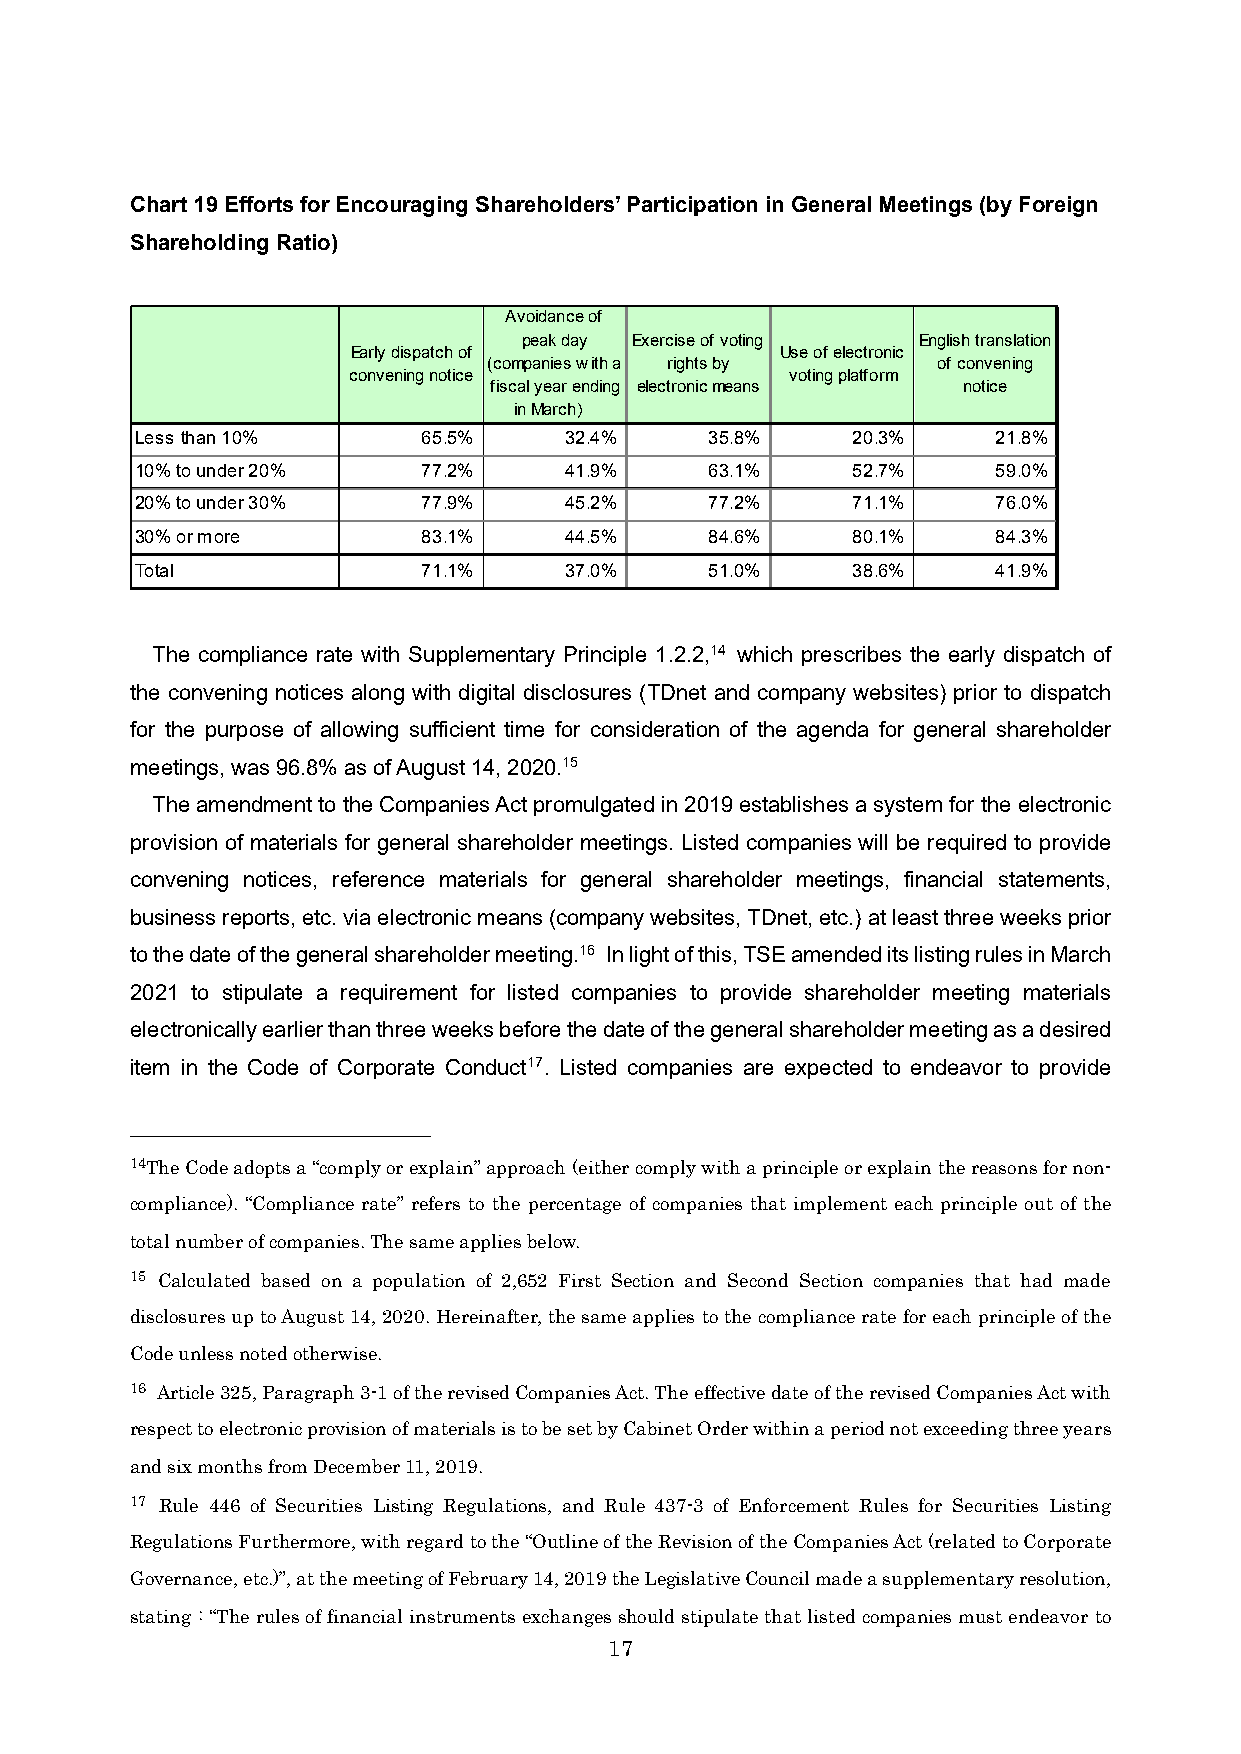
Chart 19Efforts for Encouraging Shareholders’ Participation in General Meetings (by Foreign
 Shareholding Ratio)
 Avoidance of
 peak day Exercise of voting English translation
 Early dispatch of            Use of electronic
 (companies with a rights by   of convening
 convening notice             voting platform
 fiscal year ending electronic means notice
 in March）
 Less than 10%      65.5%    32.4%     35.8%    20.3%     21.8%
 10% to under 20%   77.2%    41.9%     63.1%    52.7%     59.0%
 20% to under 30%   77.9%    45.2%     77.2%    71.1%     76.0%
 30% or more        83.1%    44.5%     84.6%    80.1%     84.3%
 Total              71.1%    37.0%     51.0%    38.6%     41.9%
 The compliance rate with Supplementary Principle 1.2.2,14 which prescribes the early dispatch of
 the convening notices along with digital disclosures (TDnet and company websites) prior to dispatch
 for the purpose of allowing sufficient time for consideration of the agenda for general shareholder
 meetings, was 96.8% as of August 14, 2020.15
 The amendment to the Companies Act promulgated in 2019 establishes a system for the electronic
 provision of materials for general shareholder meetings. Listed companies will be required to provide
 convening notices, reference materials for general shareholder meetings, financial statements,
 business reports, etc. via electronic means (company websites, TDnet, etc.) at least three weeks prior
 to the date of the general shareholder meeting.16 In light of this, TSE amended its listing rules in March
 2021 to stipulate a requirement for listed companies to provide shareholder meeting materials
 electronically earlier than three weeks before the date of the general shareholder meeting as a desired
 item in the Code of Corporate Conduct17. Listed companies are expected to endeavor to provide
 14The Code adopts a “comply or explain” approach (either comply with a principle or explain the reasons for non-
 compliance). “Compliance rate” refers to the percentage of companies that implement each principle out of the
 total number of companies. The same applies below.
 15 Calculated based on a population of 2,652 First Section and Second Section companies that had made
 disclosures up to August 14, 2020. Hereinafter, the same applies to the compliance rate for each principle of the
 Code unless noted otherwise.
 16 Article 325, Paragraph 3-1 of the revised Companies Act. The effective date of the revised Companies Act with
 respect to electronic provision of materials is to be set by Cabinet Order within a period not exceeding three years
 and six months from December 11, 2019.
 17 Rule 446 of Securities Listing Regulations, and Rule 437-3 of Enforcement Rules for Securities Listing
 Regulations Furthermore, with regard to the “Outline of the Revision of the Companies Act (related to Corporate
 Governance, etc.)”, at the meeting of February 14, 2019 the Legislative Council made a supplementary resolution,
 stating : “The rules of financial instruments exchanges should stipulate that listed companies must endeavor to
 17